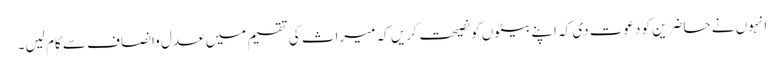
انہوں نے حاضرین کو دعوت دی کہ اپنے بیٹوں کو نصیحت کریں کہ میراث کی تقسیم میں عدل وانصاف سے کام لیں۔